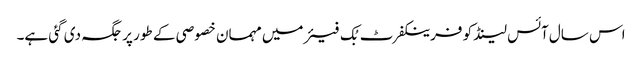
اس سال آئس لینڈ کو فرینکفرٹ بُک فیئر میں مہمان خصوصی کے طور پر جگہ دی گئی ہے۔